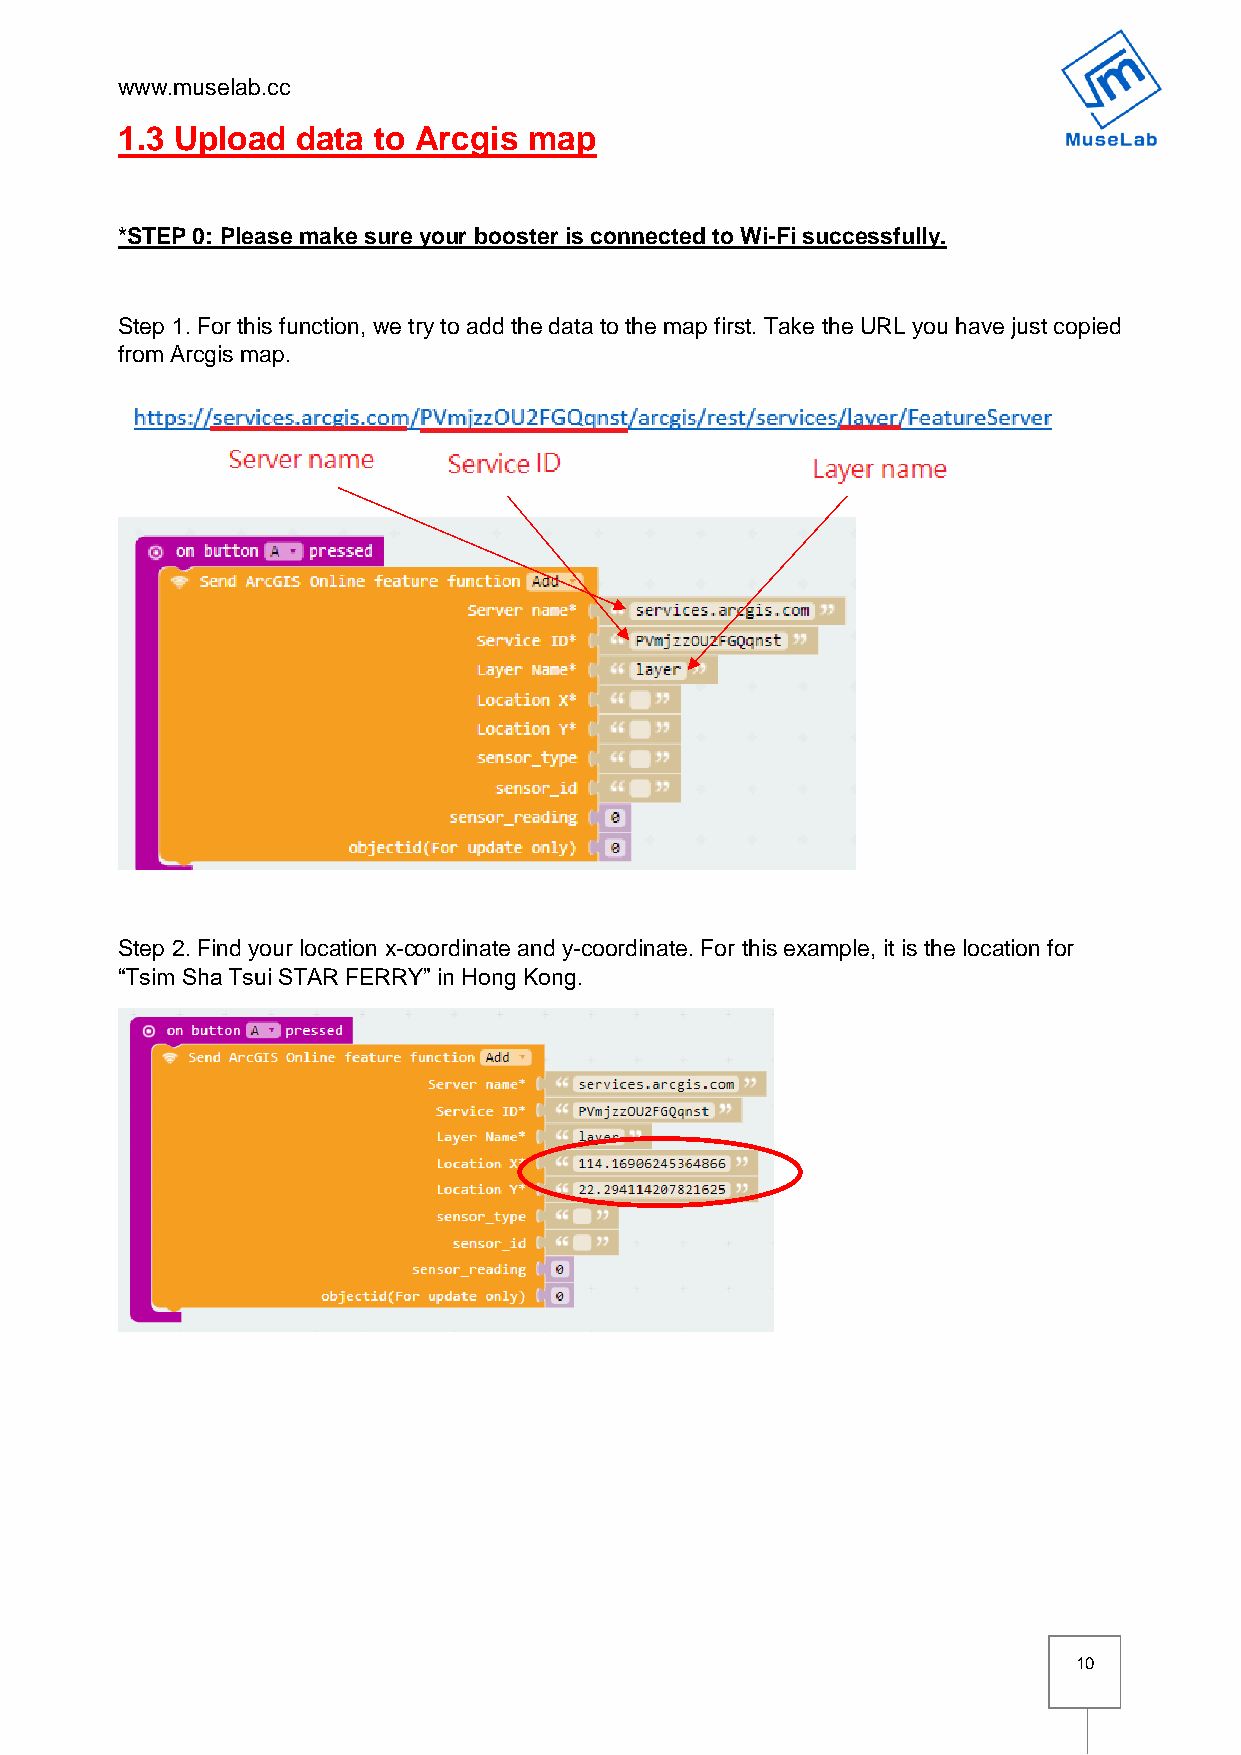
www.muselab.cc
 1.3 Upload  data to Arcgis map
 *STEP 0: Please make sure your booster is connected to Wi-Fi successfully.
 Step 1. For this function, we try to add the data to the map first. Take the URL you have just copied
 from Arcgis map.
 Step 2. Find your location x-coordinate and y-coordinate. For this example, it is the location for
 “Tsim Sha Tsui STAR FERRY” in Hong Kong.
 10